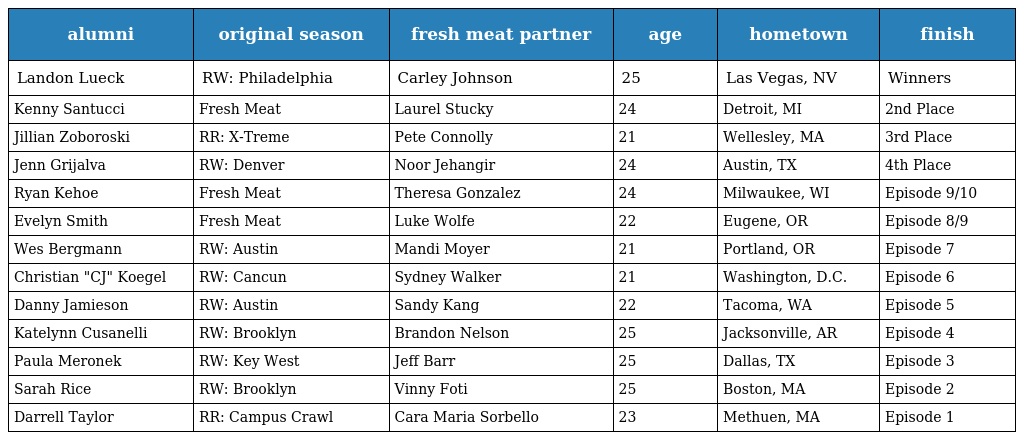
| alumni | original season | fresh meat partner | age | hometown | finish |
 | --- | --- | --- | --- | --- | --- |
 | Landon Lueck | RW: Philadelphia | Carley Johnson | 25 | Las Vegas, NV | Winners |
 | Kenny Santucci | Fresh Meat | Laurel Stucky | 24 | Detroit, MI | 2nd Place |
 | Jillian Zoboroski | RR: X-Treme | Pete Connolly | 21 | Wellesley, MA | 3rd Place |
 | Jenn Grijalva | RW: Denver | Noor Jehangir | 24 | Austin, TX | 4th Place |
 | Ryan Kehoe | Fresh Meat | Theresa Gonzalez | 24 | Milwaukee, WI | Episode 9/10 |
 | Evelyn Smith | Fresh Meat | Luke Wolfe | 22 | Eugene, OR | Episode 8/9 |
 | Wes Bergmann | RW: Austin | Mandi Moyer | 21 | Portland, OR | Episode 7 |
 | Christian "CJ" Koegel | RW: Cancun | Sydney Walker | 21 | Washington, D.C. | Episode 6 |
 | Danny Jamieson | RW: Austin | Sandy Kang | 22 | Tacoma, WA | Episode 5 |
 | Katelynn Cusanelli | RW: Brooklyn | Brandon Nelson | 25 | Jacksonville, AR | Episode 4 |
 | Paula Meronek | RW: Key West | Jeff Barr | 25 | Dallas, TX | Episode 3 |
 | Sarah Rice | RW: Brooklyn | Vinny Foti | 25 | Boston, MA | Episode 2 |
 | Darrell Taylor | RR: Campus Crawl | Cara Maria Sorbello | 23 | Methuen, MA | Episode 1 |